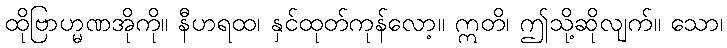
ထိုဗြာဟ္မဏအိုကို။ နီဟရထ၊ နှင်ထုတ်ကုန်လော့။ ဣတိ၊ ဤသို့ဆိုလျက်။ သော၊